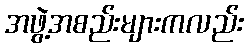
အဖွဲ့အစည်းများကလည်း